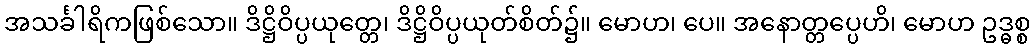
အသင်္ခါရိကဖြစ်သော။ ဒိဋ္ဌိဝိပ္ပယုတ္တေ၊ ဒိဋ္ဌိဝိပ္ပယုတ်စိတ်၌။ မောဟ၊ ပေ။ အနောတ္တပ္ပေဟိ၊ မောဟ ဥဒ္ဓစ္စ